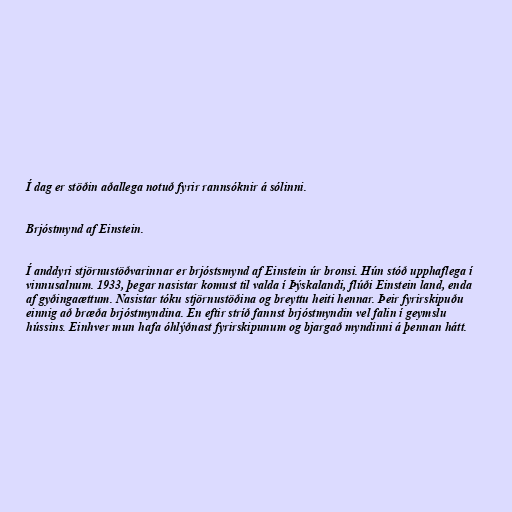
Í dag er stöðin aðallega notuð fyrir rannsóknir á sólinni.

Brjóstmynd af Einstein.

Í anddyri stjörnustöðvarinnar er brjóstsmynd af Einstein úr bronsi. Hún stóð upphaflega í
vinnusalnum. 1933, þegar nasistar komust til valda í Þýskalandi, flúði Einstein land, enda
af gyðingaættum. Nasistar tóku stjörnustöðina og breyttu heiti hennar. Þeir fyrirskipuðu
einnig að bræða brjóstmyndina. En eftir stríð fannst brjóstmyndin vel falin í geymslu
hússins. Einhver mun hafa óhlýðnast fyrirskipunum og bjargað myndinni á þennan hátt.